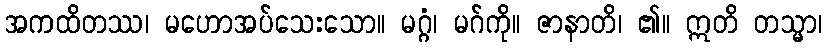
အကထိတဿ၊ မဟောအပ်သေးသော။ မဂ္ဂံ၊ မဂ်ကို။ ဇာနာတိ၊ ၏။ ဣတိ တသ္မာ၊